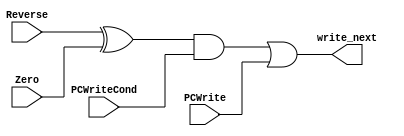
module WriteNext(Reverse, Zero, PCWriteCond, PCWrite, write_next);
	input Reverse;
	input Zero;
	input PCWriteCond;
	input PCWrite;
	output write_next;
	
	assign write_next = ((Reverse ^ Zero) && PCWriteCond) || PCWrite;
	always@(*)
		begin
		$display("PCWrite = %x", PCWrite);
		$display("write_next = %x", write_next);
		end
endmodule